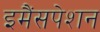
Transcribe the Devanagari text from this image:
इमैंसपेशन